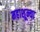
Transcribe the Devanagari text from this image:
महाशून्या